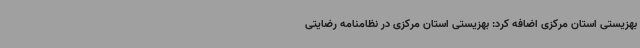
بهزیستی استان مرکزی اضافه کرد: بهزیستی استان مرکزی در نظامنامه رضایتی